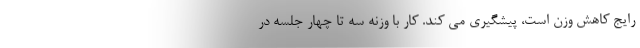
رایج کاهش وزن است، پیشگیری می کند. کار با وزنه سه تا چهار جلسه در